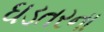
ઘડતરના